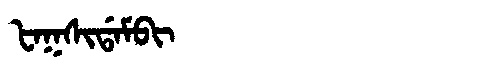
Manchu: ᡶᠠᡴᠰᡳᡩᠠᠮᠪᡳ
Romanization: FAKSIDAMBI